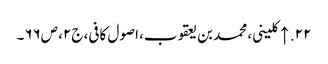
۲۲. ↑ کلینی، محمد بن یعقوب، اصول کافی، ج۲، ص۶۶۔